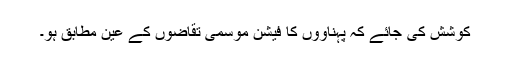
کوشش کی جائے کہ پہناووں کا فیشن موسمی تقاضوں کے عین مطابق ہو۔